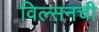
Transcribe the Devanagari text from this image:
विल्सनची